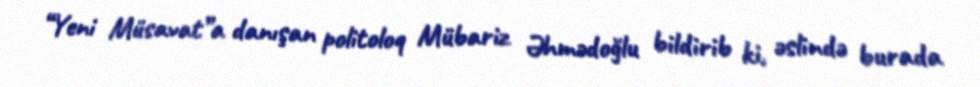
“Yeni Müsavat”a danışan politoloq Mübariz Əhmədoğlu bildirib ki, əslində burada